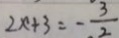
2 x + 3 = - \frac { 3 } { 2 }